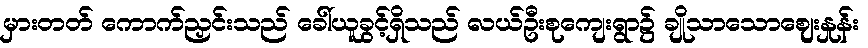
မှားတတ် ကောက်ညှင်းသည် ခေါ်ယူခွင့်ရှိသည် လယ်ဦးစုကျေးရွာ၌ ချိုသာသောဈေးနှုန်း